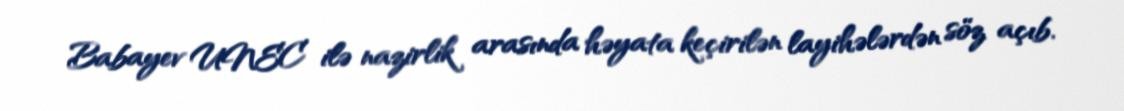
Babayev UNEC ilə nazirlik arasında həyata keçirilən layihələrdən söz açıb.